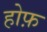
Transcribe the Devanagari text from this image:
होफ़